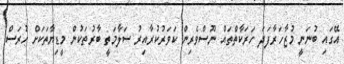
އޭގައި ބުނަނީ މުޒާހަރާފަދަ ހަރަކާތްތައް ނޫސްވެރިން ކަވަރުކުރާއިރު ސަލާމަތީ ބާރުތަކުން މީޑިޔާތަކަށް ހުރަސް